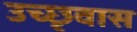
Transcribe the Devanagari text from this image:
उच्छृवास